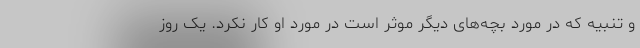
و تنبیه که در مورد بچه‌های دیگر موثر است در مورد او کار نکرد. یک روز